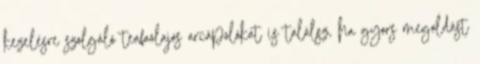
kezelésre szolgáló teafaolajos arcápolókat is találsz, ha gyors megoldást